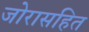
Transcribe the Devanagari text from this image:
जोरासहित